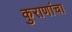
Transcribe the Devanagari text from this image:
कुराणांचा